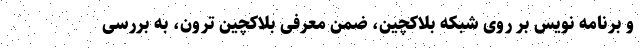
و برنامه نویس بر روی شبکه بلاکچین، ضمن معرفی بلاکچین ترون، به بررسی